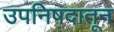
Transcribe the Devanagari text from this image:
उपनिषदातून